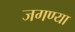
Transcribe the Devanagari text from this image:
जगण्या